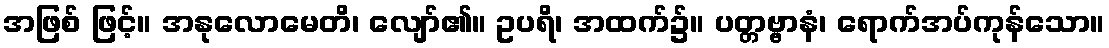
အဖြစ် ဖြင့်။ အနုလောမေတိ၊ လျော်၏။ ဥပရိ၊ အထက်၌။ ပတ္တဗ္ဗာနံ၊ ရောက်အပ်ကုန်သော။